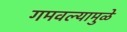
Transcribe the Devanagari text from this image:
गमवल्यामुळे